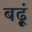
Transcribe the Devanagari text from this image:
बढ़ूं